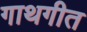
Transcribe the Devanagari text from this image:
गाथगीत